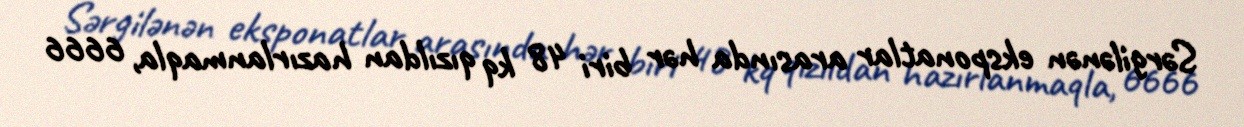
Sərgilənən eksponatlar arasında hər biri 48 kq qızıldan hazırlanmaqla, 6666